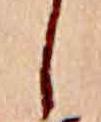
し